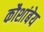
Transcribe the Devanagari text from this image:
कौशांबेय